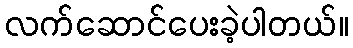
လက်ဆောင်ပေးခဲ့ပါတယ်။